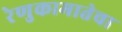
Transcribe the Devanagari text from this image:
रेणुकामातेचा